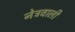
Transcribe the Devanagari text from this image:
नेत्रवाली